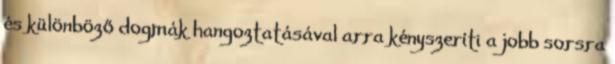
és különböző dogmák hangoztatásával arra kényszeríti a jobb sorsra